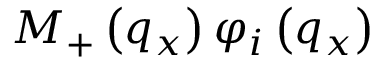
{ { M } _ { + } } \left( { { q } _ { x } } \right) { { \varphi } _ { i } } \left( { { q } _ { x } } \right)